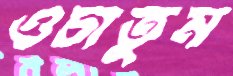
ওচাতুম